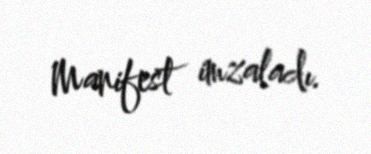
Manifest imzaladı.